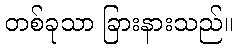
တစ်ခုသာ ခြားနားသည်။